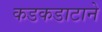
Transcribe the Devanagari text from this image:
कडकडाटाने